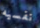
نفسيه